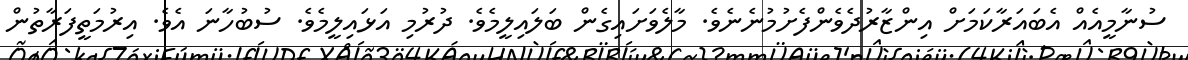
ސުނާމީއެއް އެބައަރާކަމަށް އިންޒާރުދެވެންފެށުމުނެނެވެ. މާލެވަށައިގެން ބަލައިލީމެވެ. ދުރުމި އަޅައިލީމެވެ. ސުބުހާނަ އެވެ. އިރުމަތީފަރާތުން